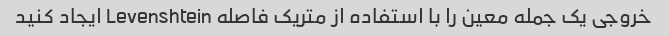
خروجی یک جمله معین را با استفاده از متریک فاصله Levenshtein ایجاد کنید